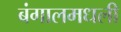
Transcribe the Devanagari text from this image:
बंगालमधली